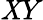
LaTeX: \mathit{X}Y